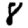
Digit: 8